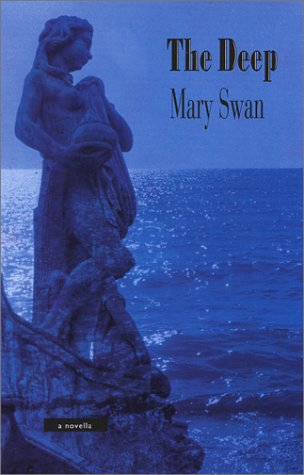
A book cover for The Deep; Mary Swan; Literature & Fiction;